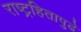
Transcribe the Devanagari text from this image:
राष्ट्रहितापुढे